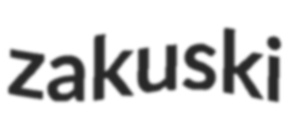
zakuski